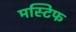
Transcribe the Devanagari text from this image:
मस्टिफ